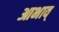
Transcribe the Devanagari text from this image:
आभाव्